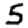
Digit: 5